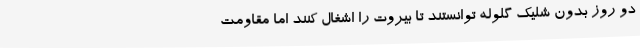
دو روز بدون شلیک گلوله توانستند تا بیروت را اشغال کنند اما مقاومت